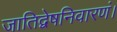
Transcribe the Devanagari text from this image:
जातिद्वेषनिवारणं।